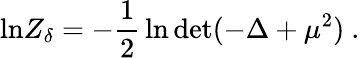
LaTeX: \mathrm{ln}Z_{\delta}=-{\frac{1}{2}}\ln\mathrm{det}(-\Delta+\mu^{2})~.